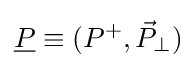
{\underline {P}}\equiv (P^{+},{\vec {P}}_{\perp })